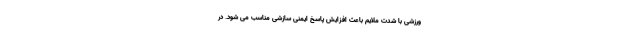
ورزشی با شدت ملایم باعث افزایش پاسخ ایمنی سازشی مناسب می شود. در